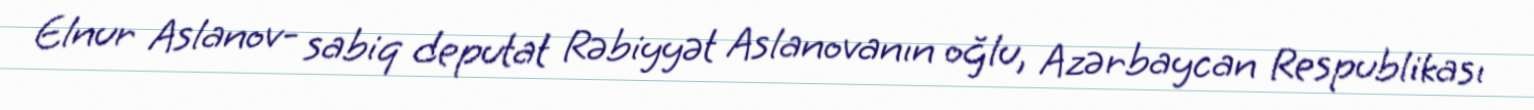
Elnur Aslanov- sabiq deputat Rəbiyyət Aslanovanın oğlu, Azərbaycan Respublikası